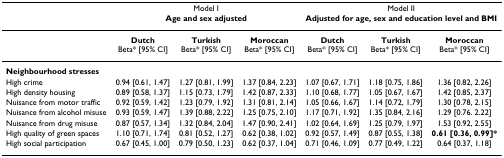
|  | <COLSPAN=3> Model IAge and sex adjusted | <COLSPAN=3> Model IIAdjusted for age, sex and education level and BMI |
 | --- | --- | --- | --- | --- | --- | --- |
 |  | DutchBeta* [95% CI] | TurkishBeta* [95% CI] | MoroccanBeta* [95% CI] | DutchBeta* [95% CI] | TurkishBeta* [95% CI] | MoroccanBeta* [95% CI] |
 | Neighbourhood stresses |  |  |  |  |  |  |
 | High crime | 0.94 [0.61, 1.47] | 1.27 [0.81, 1.99] | 1.37 [0.84, 2.23] | 1.07 [0.67, 1.71] | 1.18 [0.75, 1.86] | 1.36 [0.82, 2.26] |
 | High density housing | 0.89 [0.58, 1.37] | 1.15 [0.73, 1.79] | 1.42 [0.87, 2.33] | 1.10 [0.68, 1.77] | 1.05 [0.67, 1.67] | 1.42 [0.85, 2.37] |
 | Nuisance from motor traffic | 0.92 [0.59, 1.42] | 1.23 [0.79, 1.92] | 1.31 [0.81, 2.14] | 1.05 [0.66, 1.67] | 1.14 [0.72, 1.79] | 1.30 [0.78, 2.15] |
 | Nuisance from alcohol misuse | 0.93 [0.59, 1.47] | 1.39 [0.88, 2.22] | 1.25 [0.75, 2.10] | 1.17 [0.71, 1.92] | 1.35 [0.84, 2.16] | 1.29 [0.76. 2.22] |
 | Nuisance from drug misuse | 0.87 [0.57, 1.34] | 1.32 [0.84, 2.04] | 1.47 [0.90, 2.41] | 1.02 [0.64, 1.69] | 1.25 [0.79, 1.97] | 1.53 [0.92, 2.55] |
 | High quality of green spaces | 1.10 [0.71, 1.74] | 0.81 [0.52, 1.27] | 0.62 [0.38, 1.02] | 0.92 [0.57, 1.49] | 0.87 [0.55, 1.38] | 0.61 [0.36, 0.99]* |
 | High social participation | 0.67 [0.45, 1.00] | 0.79 [0.50, 1.23] | 0.62 [0.37, 1.04] | 0.71 [0.46, 1.09] | 0.77 [0.49, 1.22] | 0.64 [0.37, 1.18] |